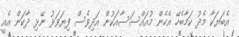
އެބަޔަކާ މެދު ކަމާބެހޭ އެހެން މުއައްސަސާއަކުން އަދިވެސް ފިޔަވަޅު ނޭޅި ދާކަން އެއީ